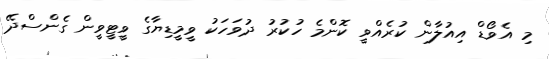
މި އެވޯޑް އިއުލާން ކުރެއްވީ ކޮންމެ ހުކުރު ދުވަހަކު ވީމީޑިޔާގެ ވީޓީވީން ގެންސްދޭ